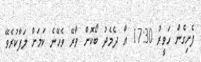
ފެށިގެން ހަވީރު 17:30 އާ ދެމެދު ބޯކޮށް ވާރޭ ވެހޭނެ ކަމަށް ލަފާކުރެވޭ